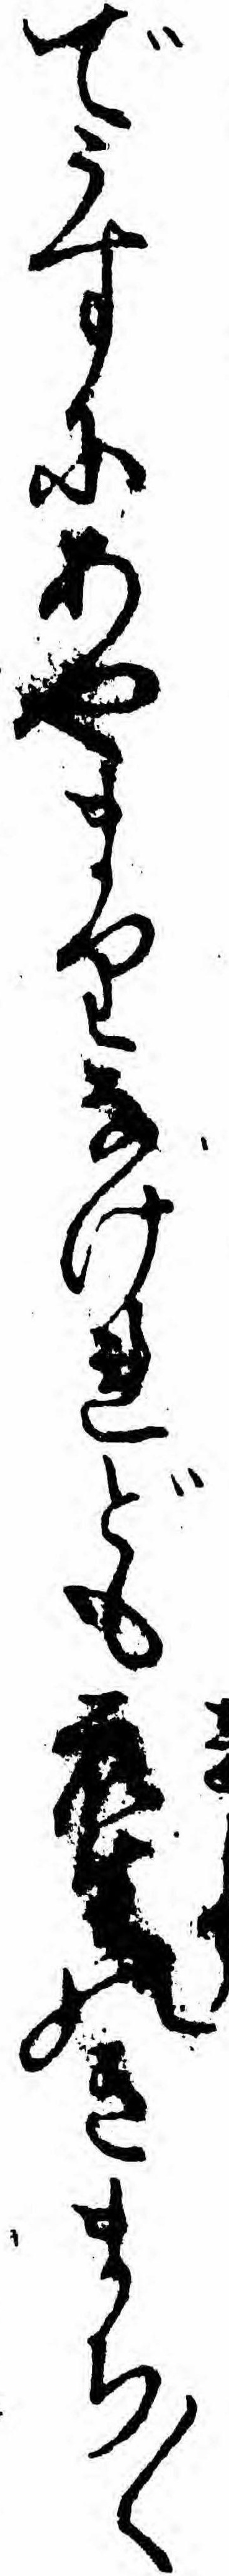
でうすにあやまりなけれども衆生のきまち〱